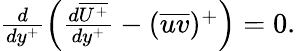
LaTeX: \begin{array}{r}{\frac{d}{dy^{+}}\left(\frac{d\overline{{U^{+}}}}{dy^{+}}-(\overline{{uv}})^{+}\right)=0.}\end{array}